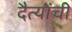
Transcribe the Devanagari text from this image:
दैत्यांची